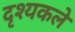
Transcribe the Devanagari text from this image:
दृश्यकले